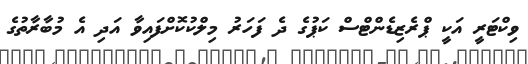
ވިކްޓަރީ އަކީ ޕްރެޒިޑެންޓްސް ކަޕުގެ ދެ ފަހަރު މިލްކުކޮށްފައިވާ އަދި އެ މުބާރާތުގެ